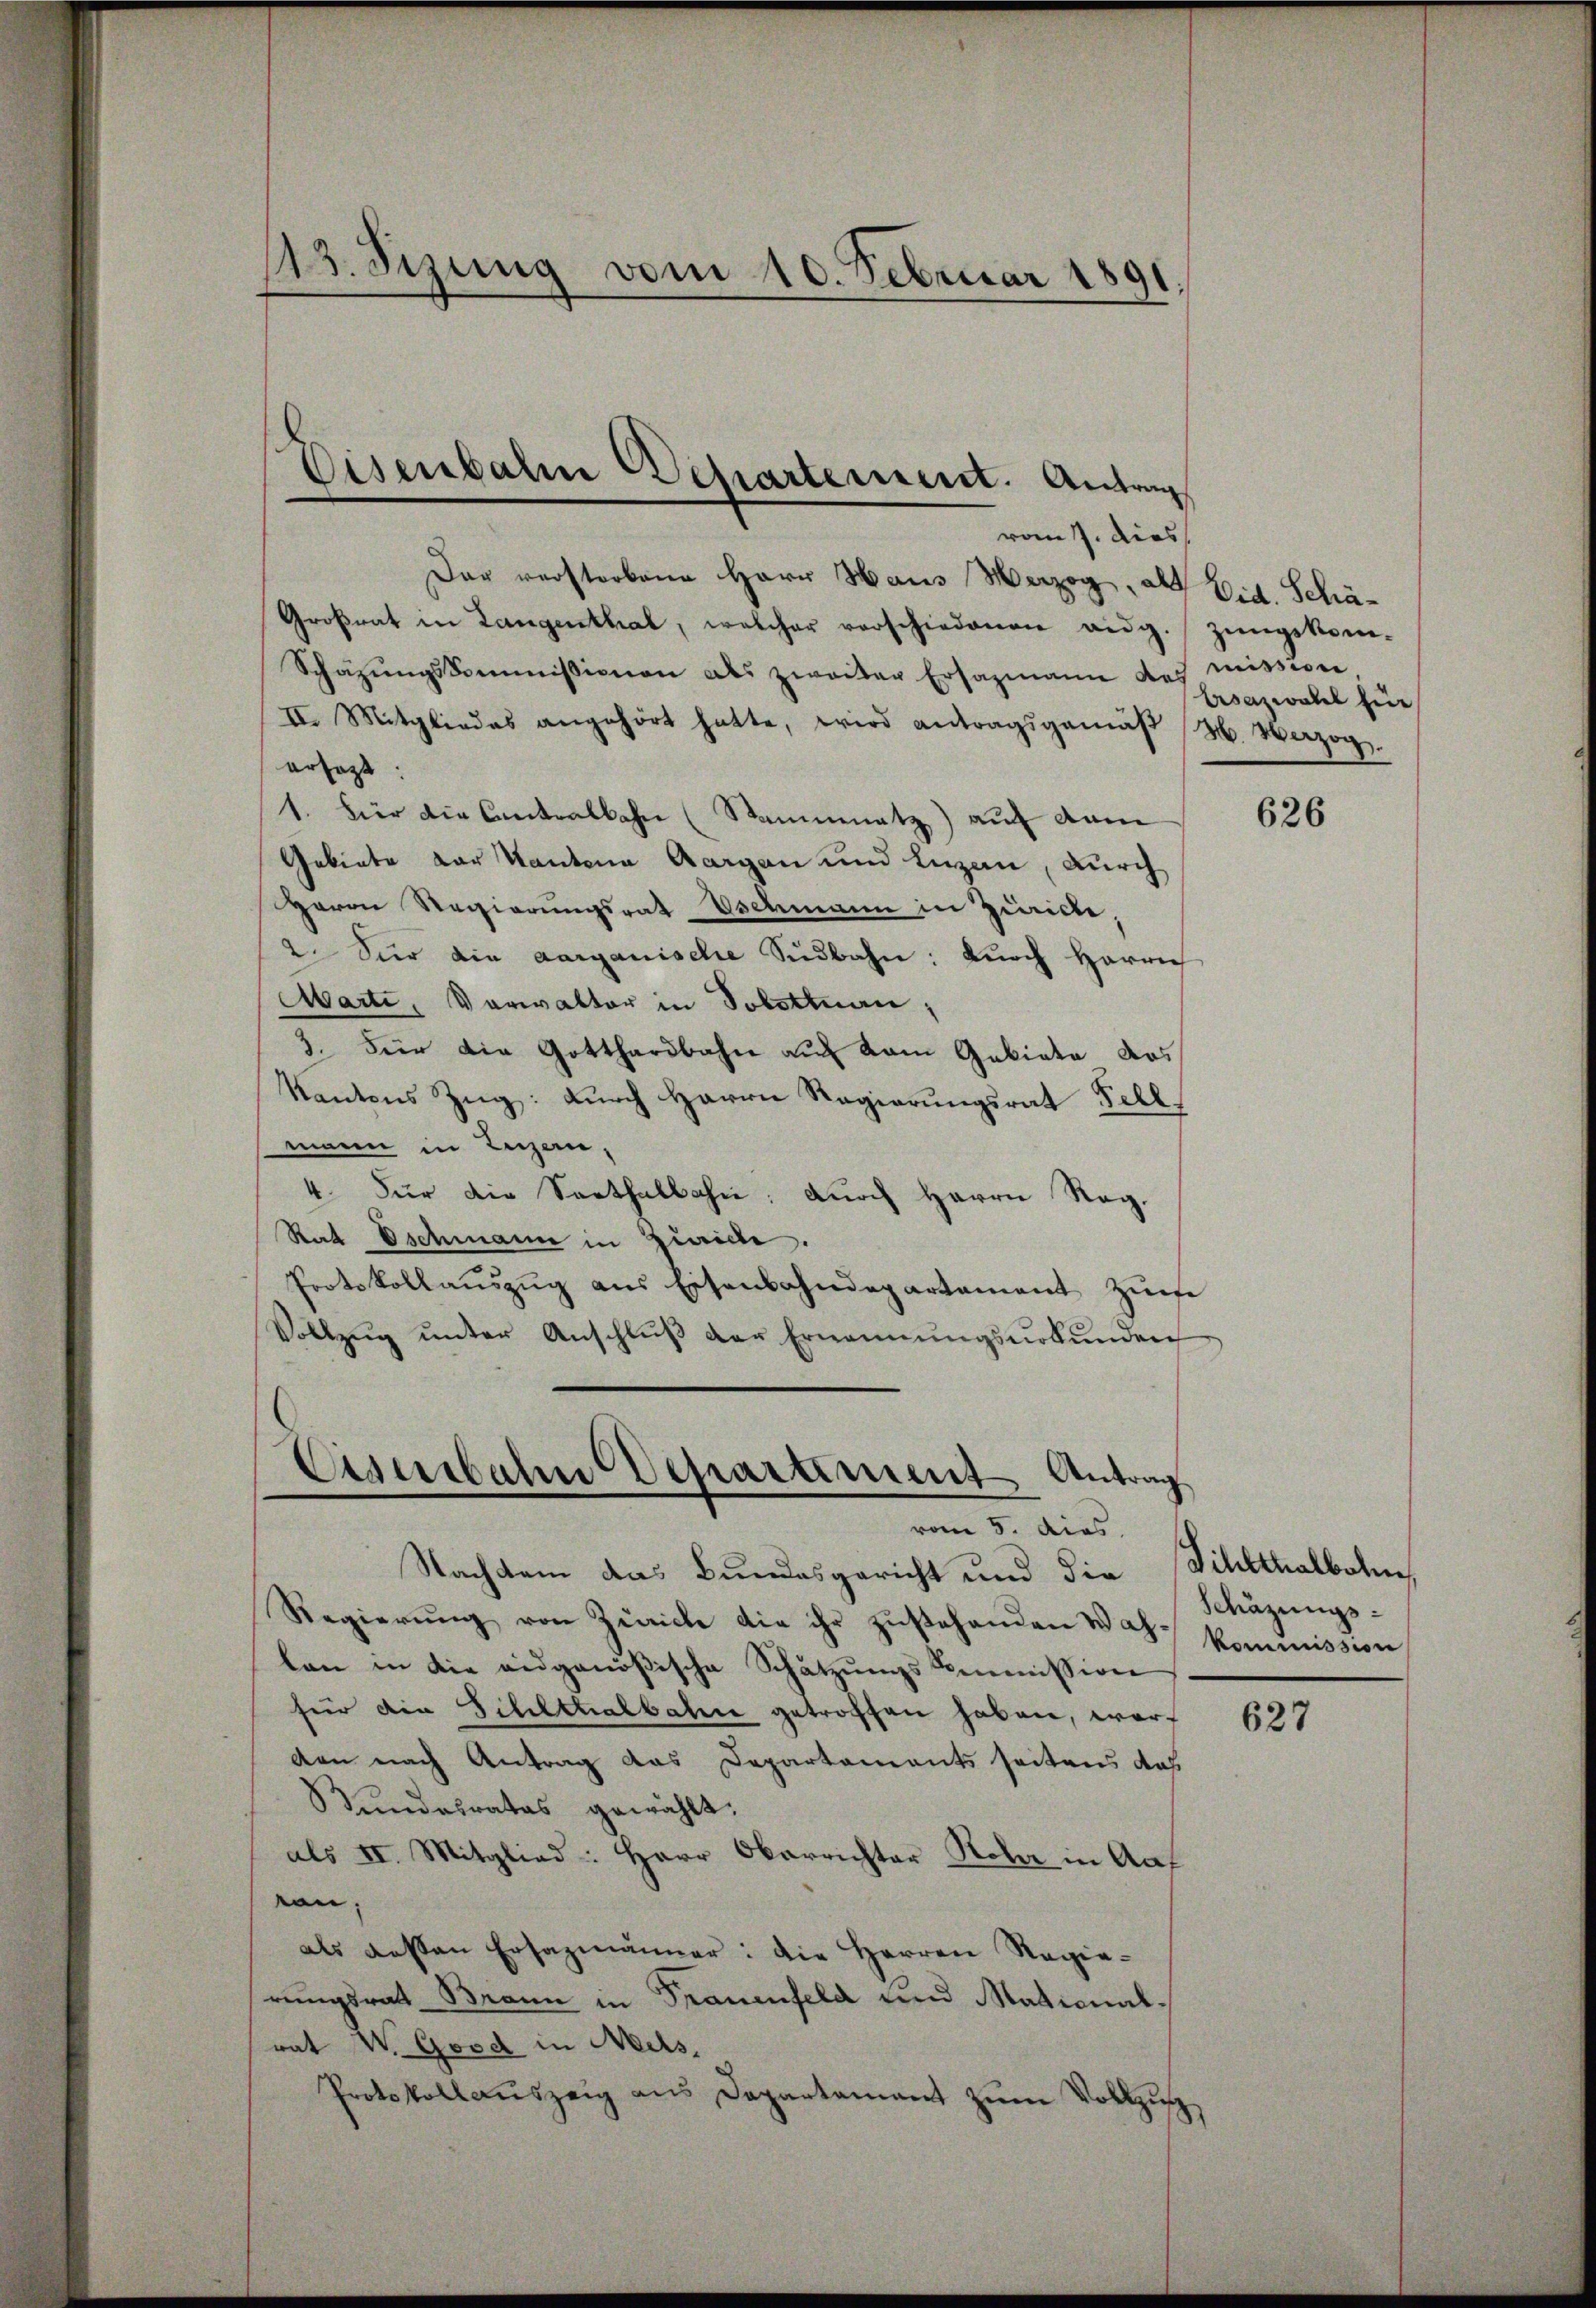
13. Sizung vom 10. Februar 1891.

Der verstorbene Herr Haus Herzog, als Eid. Schä¬
Groβrat in Langenthal, welcher verschiedenen eidg. Zŭngskom-
Schäzŭngskommissionen als zweiter Ersazmann des mission
II. Mitgliedes angehört hatte, wird antragsgemäβ H. Vazog.
ersezt:
1. Für die Cantralbahn (Stammatz) auf dem
Gebiete der Kantona Aargau und Luzern, durch
Herrn Regierungsrath Eschmann in Zwicke,
2. Vier die aarganische Südbahn: Durch Harrie
Marti, Verwalter in Solottnau,
3. Für die Gotthardbahn auf kam Gebiete dos
Kantons Zug: durch Herrn Regierungsrat Fellmann in Luzern,
4. Für die Sarthalbahn. Durch Herrn Reg.
Rat Oschmann in Zürich.
Protokollaŭszŭg ans Eisenbahndepartement Zŭse
Vollzŭg ŭnter Anschlŭβ der Ernennŭngsŭrkŭnden

Eisenbahn Departement. Antrag

Eisenbahn Departement Antrag
vom 5. dies

vom 7. dies

Nachdem das Bundesgericht und die Sihlthalbahn
Regierŭng von Zürich die ihr zŭstehenden W. B. kommission
len in die eidgenößische Schatzŭngs-Commission
für die Schlttalbahn getroffen haben, worden nach Antrag das Departements seitens das
Bundesrates gewählt:
als II. Mitglied: Herr Oberrichter Rohr in Auf
von.
als dessen Ersazmänner: die Herren Regierungsrath Brann in Trauenfeld und Mationalrat W. Good in Mels.
Protokollauszeig aus Departamant zŭm Vollzi

Ersatzwahl für

626

Schäzungs-

627